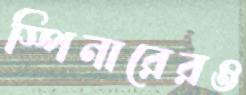
স্পিনারেরও